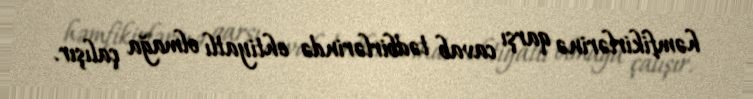
həmfikirlərinə qarşı cavab tədbirlərində ehtiyatlı olmağa çalışır.